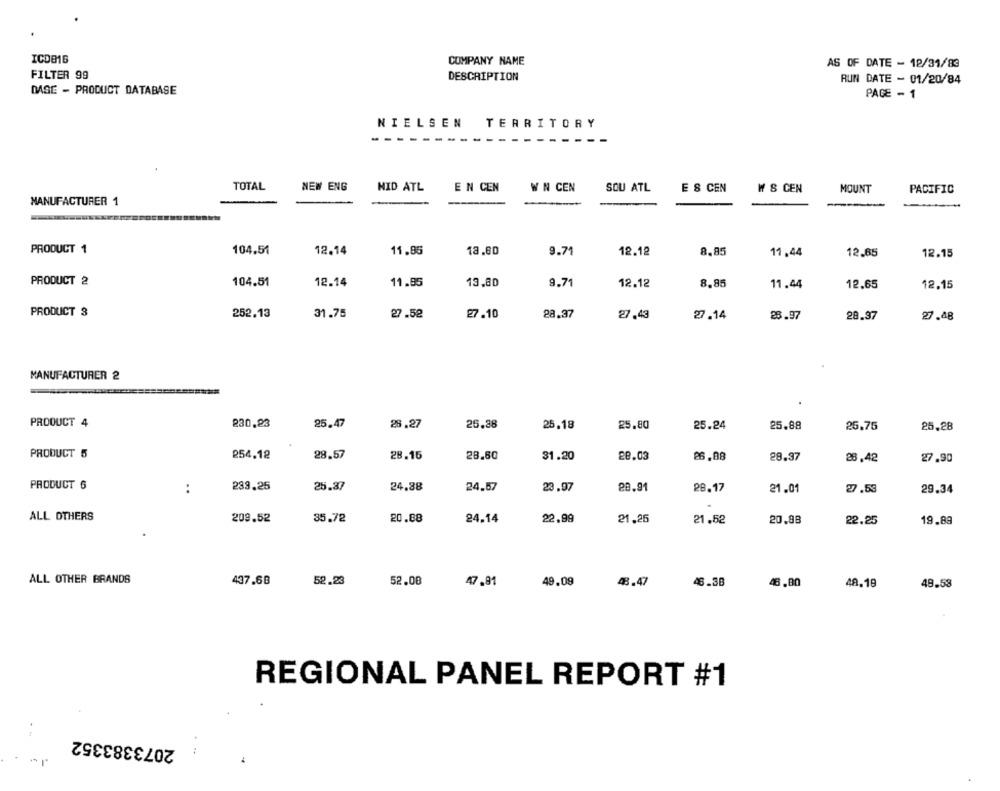
ICD816
COMPANY NAME
AS OF DATE - 12/31/83
FILTER 99
DESCRIPTION
RUN DATE - 01/20/84
DASE - PRODUCT DATABASE
PAGE - 1
NIELSEN
TERRITORY
TOTAL
NEW ENG
MID ATL
EN CEN
W N CEN
SOU ATL
ES CEN
₩ S CEN
MOUNT
PACIFIC
MANUFACTURER 1
PRODUCT 1
104.51
12.14
11.86
18.60
9.71
12.12
8,85
11,44
12.65
12.15
PRODUCT 2
104.51
12.14
11.85
13,80
9.71
12.12
8.85
11.44
12.65
12.15
PRODUCT 3
252.13
31.75
27.52
27.10
28.37
27.43
27.14
23.97
28.97
27.48
MANUFACTURER 2
PRODUCT 4
230.23
25.47
28.27
25.38
25.18
25.80
25.24
25.88
25.75
25,28
PRODUCT 5
254.12
28.57
28.15
28.60
31.20
28.03
26.08
28.37
28,42
27.90
PRODUCT 6
:
239.26
25.87
24.38
24,57
23.97
28.91
28.17
21.01
27.53
29.34
ALL OTHERS
209.52
35.72
20.68
24.14
22,99
21,26
21.52
20.88
22.25
19.89
ALL OTHER BRANDS
437.68
52.23
52.08
47.91
49.09
48.47
46.38
46.80
48.19
48.58
REGIONAL PANEL REPORT #1
2073383352